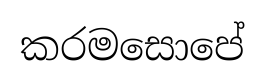
කරමසොපේ